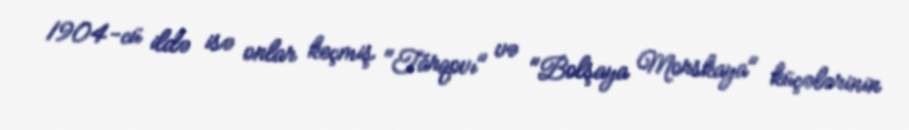
1904-cü ildə isə onlar keçmiş "Tarqovı" və "Bolşaya Morskaya" küçələrinin